Report on the lunatic asylums in Bengal - 1862-
Year: 1862
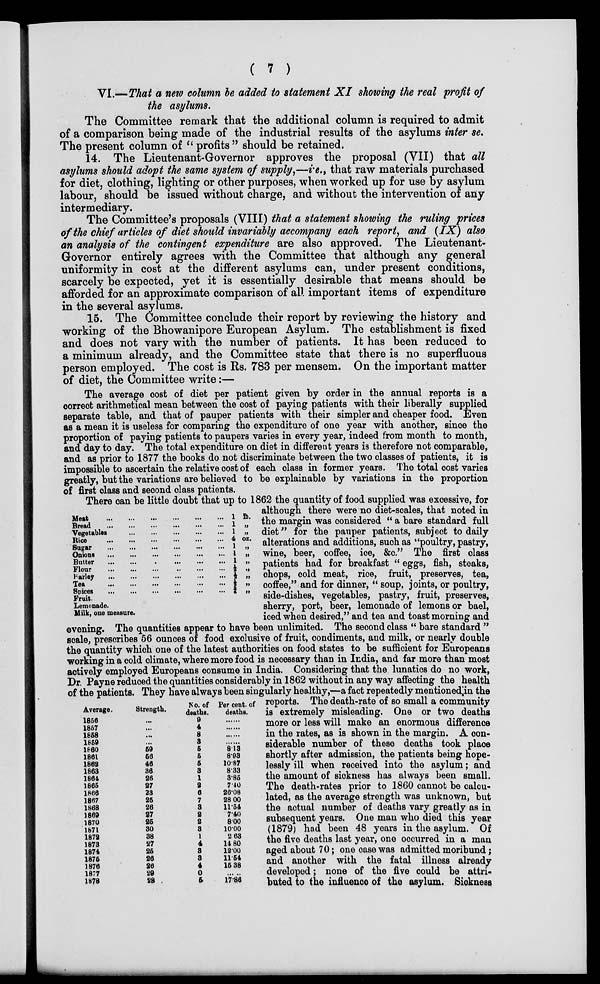
( 7 )
VI.—That a new column be added to statement XI showing the real profit of
the asylums.
The Committee remark that the additional column is required to admit
of a comparison being made of the industrial results of the asylums inter se.
The present column of " profits" should be retained.
14. The Lieutenant-Governor approves the proposal (VII) that all
asylums should adopt the same system of supply,—i.e., that raw materials purchased
for diet, clothing, lighting or other purposes, when worked up for use by asylum
labour, should be issued without charge, and without the intervention of any
intermediary.
The Committee's proposals (VIII) that a statement showing the ruling prices
of the chief articles of diet should invariably accompany each report, and (IX) also
an analysis of the contingent expenditure are also approved. The Lieutenant-
Governor entirely agrees with the Committee that although any general
uniformity in cost at the different asylums can, under present conditions,
scarcely be expected, yet it is essentially desirable that means should be
afforded for an approximate comparison of all important items of expenditure
in the several asylums.
15. The Committee conclude their report by reviewing the history and
working of the Bhowanipore European Asylum. The establishment is fixed
and does not vary with the number of patients. It has been reduced to
a minimum already, and the Committee state that there is no superfluous
person employed. The cost is Rs. 783 per mensem. On the important matter
of diet, the Committee write:—
The average cost of diet per patient given by order in the annual reports is a
correct arithmetical mean between the cost of paying patients with their liberally supplied
separate table, and that of pauper patients with their simpler and cheaper food. Even
as a mean it is useless for comparing the expenditure of one year with another, since the
proportion of paying patients to paupers varies in every year, indeed from month to month,
and day to day. The total expenditure on diet in different years is therefore not comparable,
and as prior to 1877 the books do not discriminate between the two classes of patients, it is
impossible to ascertain the relative cost of each class in former years. The total cost varies
greatly, but the variations are believed to be explainable by variations in the proportion
of first class and second class patients.
Meat
...
...
...
...
...
...
Bread
...
...
...
...
...
...
Vegetables
...
...
...
...
...
Rice
...
...
...
...
...
...
Sugar
...
...
...
...
...
...
Onions
...
...
...
...
...
...
Butter
...
...
...
...
...
...
Flour
...
...
...
...
...
...
Farley
...
...
...
...
...
...
Tea
...
...
...
...
...
...
Spices
...
...
...
...
...
...
1 lb.
1 „
1 „
4 oz.
1 „
1 „
1 „
½ „
½ „
½ „
¾ „
Fruit.
Lemonade.
Milk, one measure.
Average.
1856
1857
1858
1859
1960
1861
1862
1863
1864
1865
1866
1867
1868
1869
1870
1871
1872
1873
1874
1876
1875
1877
1878
Strength.
...
...
...
...
59
66
46
36
26
27
23
25
26
27
25
30
38
27
25
26
26
29
28
No. of
deaths.
9
4
8
3
5
5
5
3
1
2
6
7
3
2
2
3
1
4
3
3
4
0
5
Per cent. of
deaths.
......
......
......
......
8.13
8.93
10.37
8.33
3.85
7.40
26.08
28.00
11.54
7.40
8.00
10.00
2.63
14.80
12.00
11.54
16.38
......
17.86
There can be little doubt that up to 1862 the quantity of food supplied was excessive, for
although there were no diet-scales, that noted in
the margin was considered " a bare standard full
diet" for the pauper patients, subject to daily
alterations and additions, such as "poultry, pastry,
wine, beer, coffee, ice, &c." The first class
patients had for breakfast " eggs, fish, steaks,
chops, cold meat, rice, fruit, preserves, tea,
coffee," and for dinner, " soup, joints, or poultry,
side-dishes, vegetables, pastry, fruit, preserves,
sherry, port, beer, lemonade of lemons or bael,
iced when desired," and tea and toast morning and
evening. The quantities appear to have been unlimited. The second class " bare standard "
scale, prescribes 56 ounces of food exclusive of fruit, condiments, and milk, or nearly double
the quantity which one of the latest authorities on food states to be sufficient for Europeans
working in a cold climate, where more food is necessary than in India, and far more than most
actively employed Europeans consume in India. Considering that the lunatics do no work,
Dr. Payne reduced the quantities considerably in 1862 without in any way affecting the health
of the patients. They have always been singularly healthy,—a fact repeatedly mentioned in the
reports. The death-rate of so small a community
is extremely misleading. One or two deaths
more or less will make an enormous difference
in the rates, as is shown in the margin. A con-
siderable number of these deaths took place
shortly after admission, the patients being hope-
lessly ill when received into the asylum; and
the amount of sickness has always been small.
The death-rates prior to 1860 cannot be calcu-
lated, as the average strength was unknown, but
the actual number of deaths vary greatly as in
subsequent years. One man who died this year
(1879) had been 48 years in the asylum. Of
the five deaths last year, one occurred in a man
aged about 70; one case was admitted moribund;
and another with the fatal illness already
developed; none of the five could be attri-
buted to the influence of the asylum. Sickness